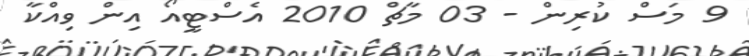
9 މަސް ކުރިން - 03 މާޗް 2010 އެސްޓީއޯ އިން ވިއްކާ